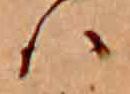
ハ